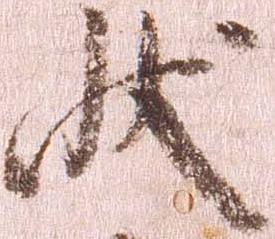
状